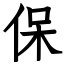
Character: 保